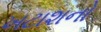
ખટાશનો